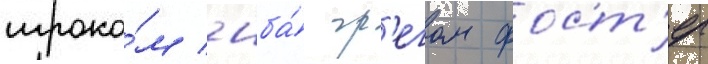
игроко́м нба́ гр'егом фост'ер